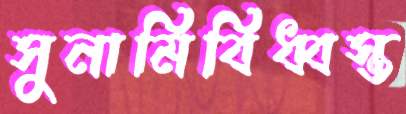
সুনামিবিধ্বস্ত